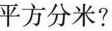
平方分米?